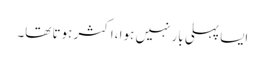
ایسا پہلی بار نہیں ہوا ،اکثر ہوتا تھا۔